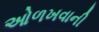
ઓળખવાની